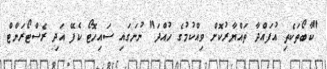
"ކާބޯތަކެތި އުފައްދާ ތައްޔާރުކޮށް ވިއްކުމުގެ ހުއްދަ" ނުނަގައި ސައިހޮޓޯ ކެފޭ އަދި ރެސްޓޯރަންޓް